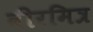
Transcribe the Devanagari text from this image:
वीरमित्र